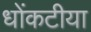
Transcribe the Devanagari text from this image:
धोंकटीया